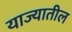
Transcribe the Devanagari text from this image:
याज्यातील